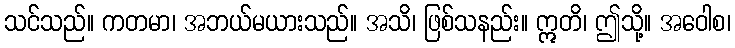
သင်သည်။ ကတမာ၊ အဘယ်မယားသည်။ အသိ၊ ဖြစ်သနည်း။ ဣတိ၊ ဤသို့။ အဝေါစ၊